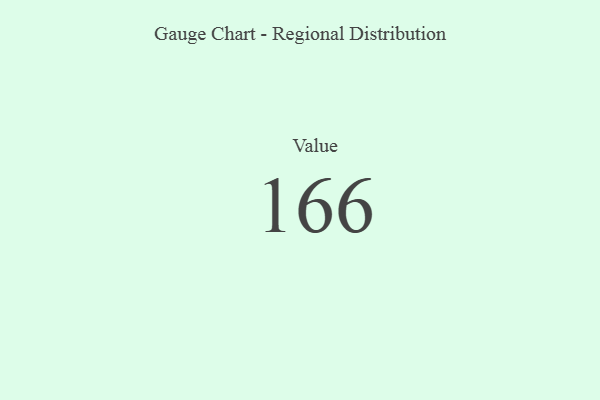
{"axis": {"x": "Metric", "y": "Value"}, "legend": [""], "data": [{"x": "Value", "y": 166, "type": ""}]}